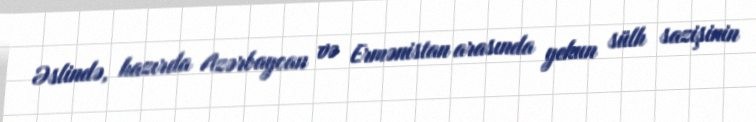
Əslində, hazırda Azərbaycan və Ermənistan arasında yekun sülh sazişinin